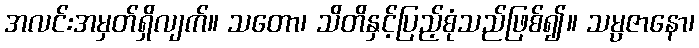
အလင်းအမှတ်ရှိလျက်။ သတော၊ သိတိနှင့်ပြည့်စုံသည်ဖြစ်၍။ သမ္ပဇာနော၊